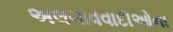
અલગાવવાદીઓના